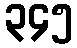
၃၄၅